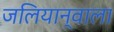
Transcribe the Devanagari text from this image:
जलियान्वाला